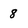
Character: 8